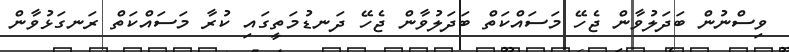
ވިސްނުން ބަދަލުވާން ޖެހޭ މަސައްކަތް ބަދަލުވާން ޖެހޭ ދަނޑުމަތީގައި ކުރާ މަސައްކަތް ރަނގަޅުވާން